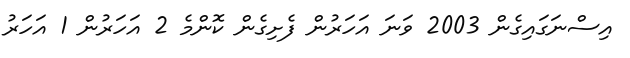
އިސްނަގައިގެން 2003 ވަނަ އަހަރުން ފެށިގެން ކޮންމެ 2 އަހަރުން 1 އަހަރު